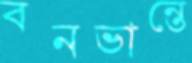
বনভান্তে